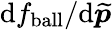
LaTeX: \mathrm{d}f_{\mathrm{{{ball}}}}/\mathrm{d}\widetilde{{\boldsymbol{p}}}